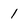
Character: 1